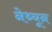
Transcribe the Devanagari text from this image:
नेथ्यून